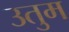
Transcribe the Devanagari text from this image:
उतुम